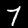
Label: 7